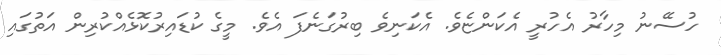
ހުސޭނު މިހާރު އެހުރީ އެކަންޏެވެ. އެކަނިވެ ބިރުގަނެފަ އެވެ. މީގެ ކުޑައިރުކޮޅެއްކުރިން އަތުގައި